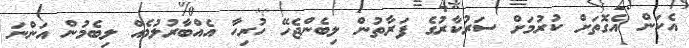
އެކަން އެގޮތަށް ކުރުމަށް ސަރުކާރުގެ ފަރާތުން ލިބެންޖެހޭ ހުރިހާ އެއްބާރުލުމެއް ލިބެމުން އަންނަ